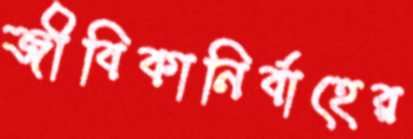
জীবিকানির্বাহের